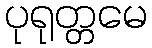
ပုရုတ္တမေ